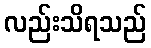
လည်းသိရသည်